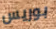
بوريس